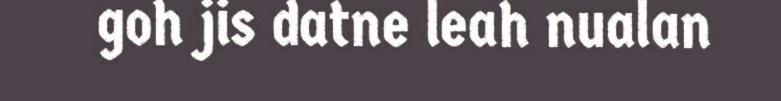
goh jis datne leah nualan